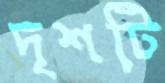
দৃশটি